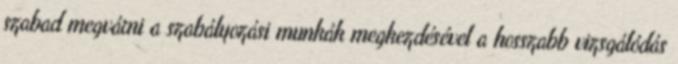
szabad megvárni a szabályozási munkák megkezdésével a hosszabb vizsgálódás